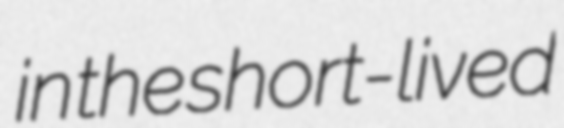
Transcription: in the short-lived